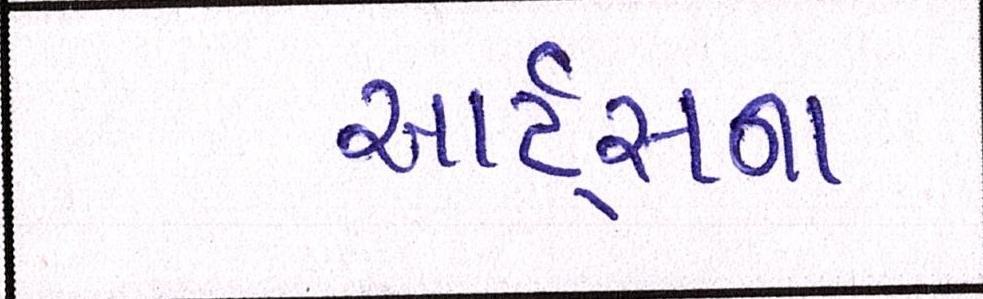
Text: આર્ટસના